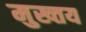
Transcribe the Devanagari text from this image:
मुख्तय